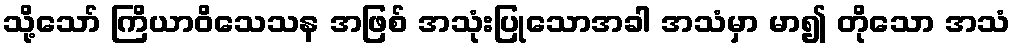
သို့သော် ကြိယာဝိသေသန အဖြစ် အသုံးပြုသောအခါ အသံမှာ မာ၍ တိုသော အသံ